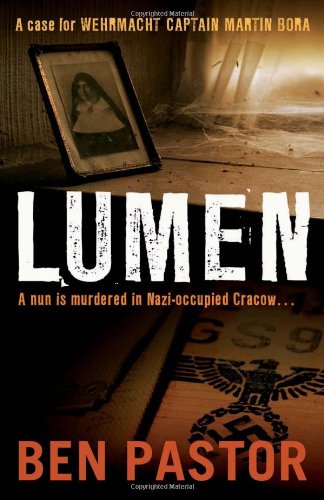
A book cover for Lumen (Captain Martin Bora); Ben Pastor; Travel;